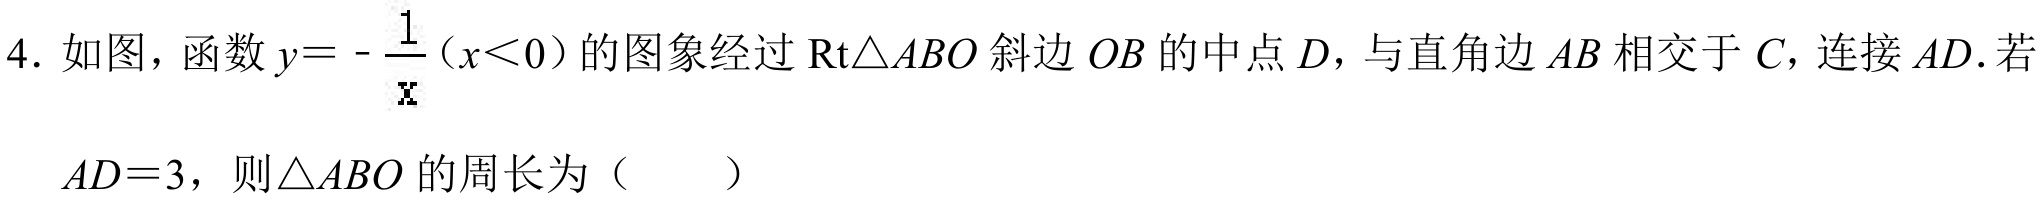
4. 如图，函数\(y = -\dfrac{1}{x}(x < 0)\)的图象经过\(\text{Rt}\triangle ABO\)斜边\(OB\)的中点\(D\)，与直角边\(AB\)相交于\(C\)，连接\(AD\).若
\(AD = 3\)，则\(\triangle ABO\)的周长为（  ）